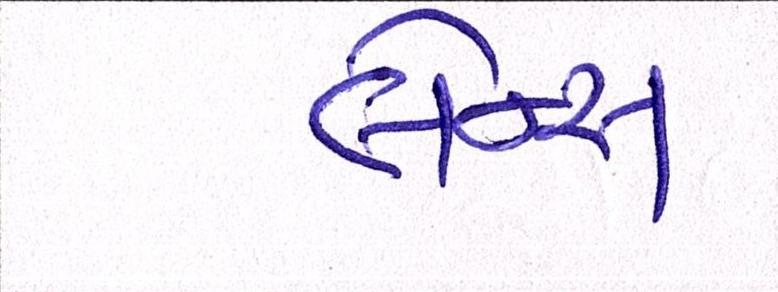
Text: લેન્સ